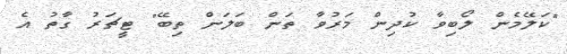
"ކަލޭމެން ލޯބިވާ ކުދިން މަރުވާ ތަން ބަލަން ތިބޭ" ޓީޗަރު ގާތު އެ